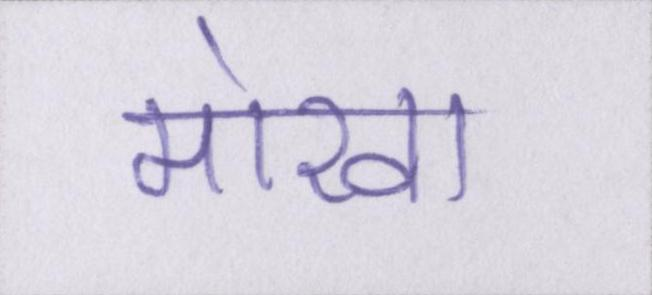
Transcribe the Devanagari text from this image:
मोखा